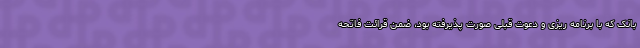
بانک که با برنامه ریزی و دعوت قبلی صورت پذیرفته بود، ضمن قرائت فاتحه